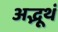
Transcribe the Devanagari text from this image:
अद्भूथं